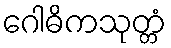
ဂေါဓိကသုတ္တံ